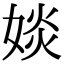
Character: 婒